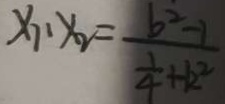
x _ { 1 } \cdot x _ { 2 } = \frac { b ^ { 2 } - 1 } { \frac { 1 } { 4 } + k ^ { 2 } }